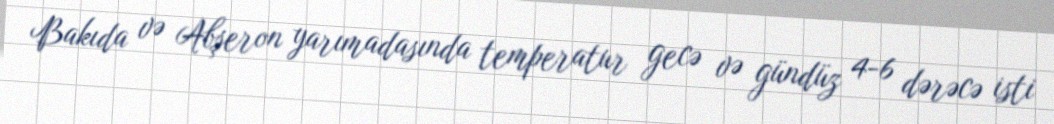
Bakıda və Abşeron yarımadasında temperatur gecə və gündüz 4-6 dərəcə isti